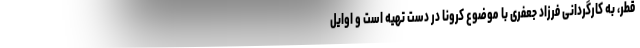
قطر، به کارگردانی فرزاد جعفری با موضوع کرونا در دست تهیه است و اوایل